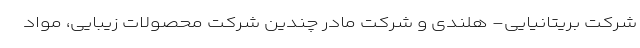
شرکت بریتانیایی- هلندی و شرکت مادر چندین شرکت محصولات زیبایی، مواد